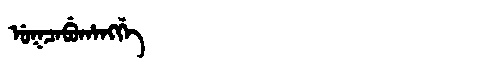
Manchu: ᡠᡴᠴᠠᠪᡠᡥᠠᠩᡤᡝ
Romanization: UKCABUHANGGE